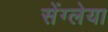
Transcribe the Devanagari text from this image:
सेंग्लेया